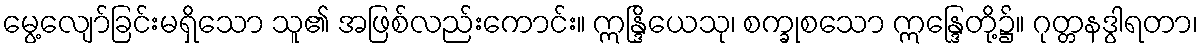
မွေ့လျော်ခြင်းမရှိသော သူ၏ အဖြစ်လည်းကောင်း။ ဣန္ဒြိယေသု၊ စက္ခုစသော ဣန္ဒြေတို့၌။ ဂုတ္တနဒွါရတာ၊